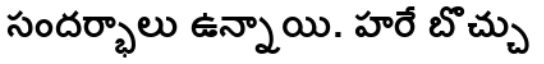
సందర్భాలు ఉన్నాయి. హరే బొచ్చు